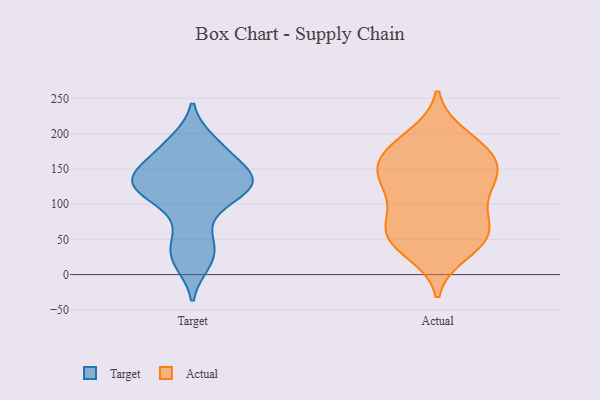
{"axis": {"x": "Backlog", "y": "Value"}, "legend": ["Actual", "Target"], "data": [{"x": "", "y": 17, "type": "Target"}, {"x": "", "y": 155, "type": "Target"}, {"x": "", "y": 132, "type": "Target"}, {"x": "", "y": 149, "type": "Target"}, {"x": "", "y": 20, "type": "Target"}, {"x": "", "y": 45, "type": "Target"}, {"x": "", "y": 153, "type": "Target"}, {"x": "", "y": 129, "type": "Target"}, {"x": "", "y": 186, "type": "Target"}, {"x": "", "y": 83, "type": "Target"}, {"x": "", "y": 119, "type": "Target"}, {"x": "", "y": 189, "type": "Target"}, {"x": "", "y": 137, "type": "Target"}, {"x": "", "y": 179, "type": "Target"}, {"x": "", "y": 125, "type": "Target"}, {"x": "", "y": 113, "type": "Target"}, {"x": "", "y": 123, "type": "Target"}, {"x": "", "y": 41, "type": "Target"}, {"x": "", "y": 123, "type": "Target"}, {"x": "", "y": 89, "type": "Actual"}, {"x": "", "y": 140, "type": "Actual"}, {"x": "", "y": 162, "type": "Actual"}, {"x": "", "y": 169, "type": "Actual"}, {"x": "", "y": 57, "type": "Actual"}, {"x": "", "y": 140, "type": "Actual"}, {"x": "", "y": 120, "type": "Actual"}, {"x": "", "y": 160, "type": "Actual"}, {"x": "", "y": 182, "type": "Actual"}, {"x": "", "y": 31, "type": "Actual"}, {"x": "", "y": 39, "type": "Actual"}, {"x": "", "y": 129, "type": "Actual"}, {"x": "", "y": 197, "type": "Actual"}, {"x": "", "y": 188, "type": "Actual"}, {"x": "", "y": 59, "type": "Actual"}, {"x": "", "y": 58, "type": "Actual"}, {"x": "", "y": 146, "type": "Actual"}, {"x": "", "y": 52, "type": "Actual"}, {"x": "", "y": 73, "type": "Actual"}, {"x": "", "y": 104, "type": "Actual"}]}